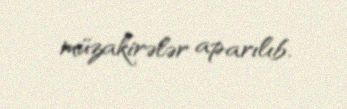
müzakirələr aparılıb.